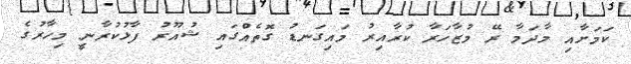
ކަމަށާއި މާދަމާ ރޭ މުޒާހަރާ ކުރާއިރު މައިގަނޑު ގޮތެއްގައި ޝުއޫރު ފާޅުކުރާނީ މިހާރުގެ